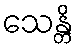
သေန္တိ